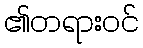
၏တရားဝင်